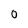
Character: 0